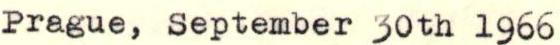
Prague, September 30th 1966